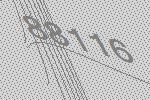
88116